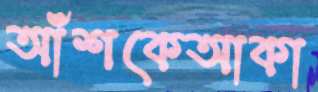
আঁশকেআকা